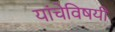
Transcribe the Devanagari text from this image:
यांचेविषयी